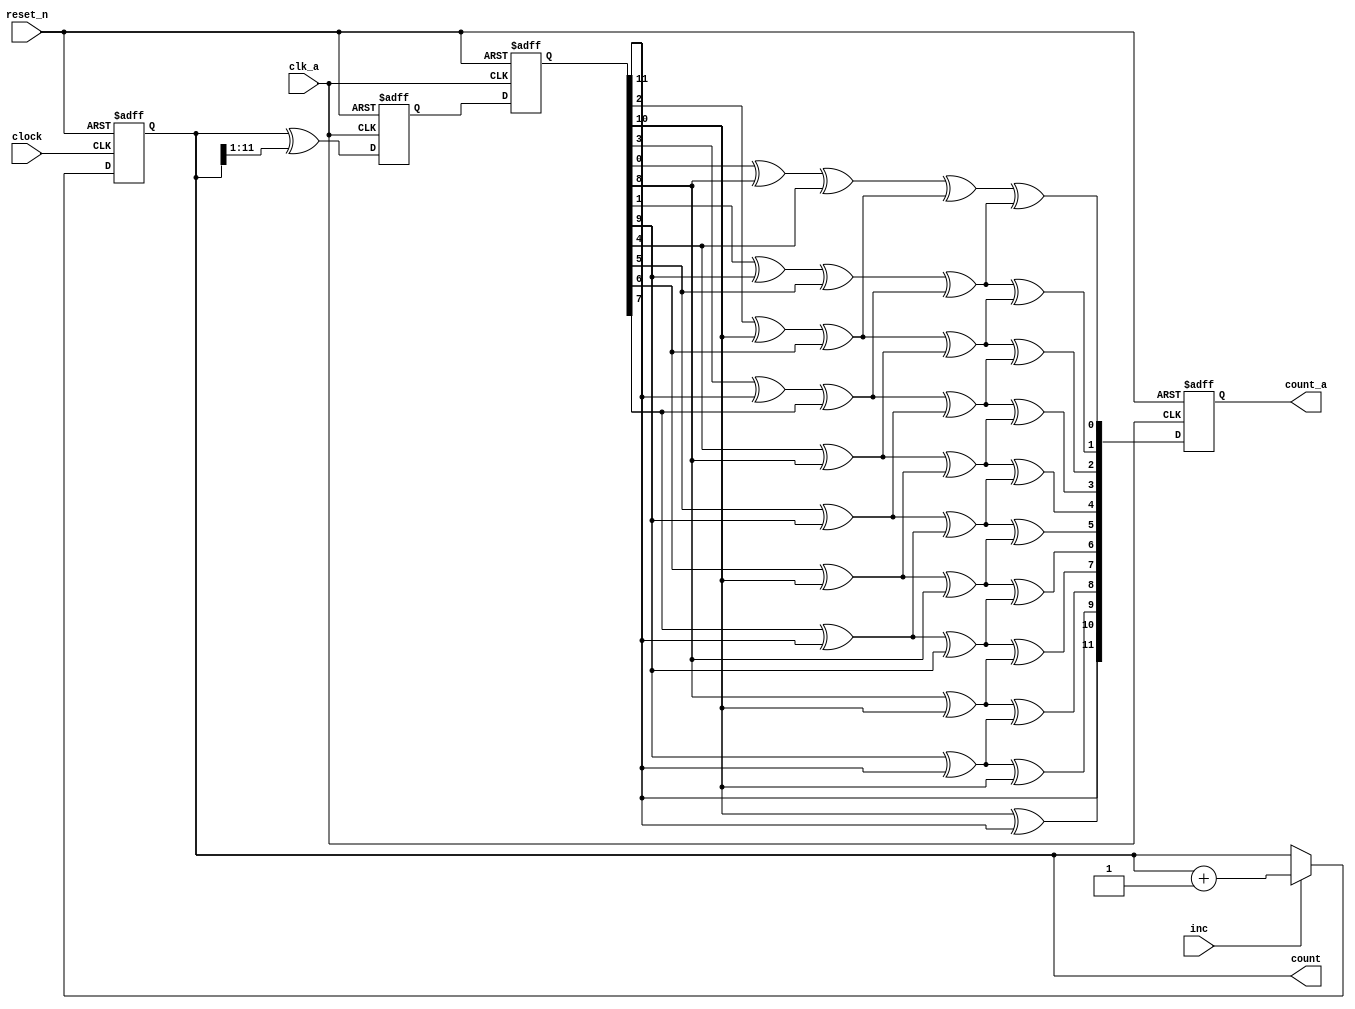
//
// Upto 16-bit dual-port binary counter. Uses grey code to cross clock domains.
//
// - reset_n: async reset, active low
// - clock: primary (write) clock for the counter
// - inc: increment counter on raising edge of clock, active high
// - count: current counter value
// - clk_a: secondary (read) clock
// - count_a: value of count synchronized to clk_a
//

module counter_dp (reset_n, clock, inc, count, clk_a, count_a);
parameter W = 12;

input reset_n, clock, inc, clk_a;
output [W-1:0] count, count_a;

localparam D = 16-W;
localparam [D-1:0] D0 = 0;
localparam [W-1:0] V0 = 0, V1 = 1;

reg [W-1:0] count, count_a;

function [15:0] b2g16;
  input [15:0] b;
begin
  b2g16[15:0] = {b[15], b[14:0] ^ b[15:1]};
end
endfunction

// low propagation delay grey->binary converter
// See more: https://www.google.com/patents/US3373421
function [15:0] g2b16;
  input [15:0] g;

  reg [7:0] t0;
  reg [11:0] t1;
  reg [13:0] t2;
  integer i;
begin
  for (i=0; i < 8; i=i+1) begin
    t0[i] = g[i] ^ g[i+8];
  end
  for (i=0; i < 12; i=i+1) begin
    t1[i] = (i < 4 ? t0[i] ^ t0[i+4] : i < 8 ? t0[i] ^ g[i+4] : g[i] ^ g[i+4]);
  end
  for (i=0; i < 14; i=i+1) begin
    t2[i] = (i < 10 ? t1[i] ^ t1[i+2] : i < 12 ? t1[i] ^ g[i+2] : g[i] ^ g[i+2]);
  end
  for (i=0; i < 13; i=i+1) begin
    g2b16[i] = t2[i] ^ t2[i+1];
  end
  g2b16[13] = t2[13] ^ g[14];
  g2b16[14] = g[14] ^ g[15];
  g2b16[15] = g[15];
end
endfunction

// write clock domain: increment counter
always @(posedge clock or negedge reset_n) begin
  if (~reset_n) begin
    count <= 0;
  end
  else begin
    count <= (inc ? count + V1 : count);
  end
end

// read clock domain: convert counter to grey, sync to clk_a, convert back to binary

reg [W-1:0] g0, g1;

always @(posedge clk_a or negedge reset_n) begin
  if (~reset_n) begin
    count_a <= 0;
    g0 <= 0;
    g1 <= 0;
  end
  else begin
    g0 <= (D == 0 ? b2g16(count[W-1:0]) : b2g16({D0, count[W-1:0]}));
    g1 <= g0;
    count_a <= (D == 0 ? g2b16(g1[W-1:0]) : g2b16({D0, g1[W-1:0]}));
  end
end

endmodule